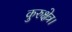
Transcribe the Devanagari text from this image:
कुरुक्षेत्र।